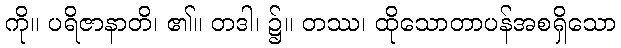
ကို။ ပရိဇာနာတိ၊ ၏။ တဒါ၊ ၌။ တဿ၊ ထိုသောတာပန်အစရှိသော